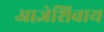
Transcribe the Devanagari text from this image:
आज्ञेशिवाय